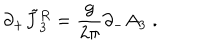
\partial _ { + } \tilde { J } { ^ { R } _ { 3 } } = { \frac { g } { 2 \pi } } \partial _ { - } A _ { 3 } \; .